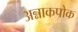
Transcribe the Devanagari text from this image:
अन्नाकपोक